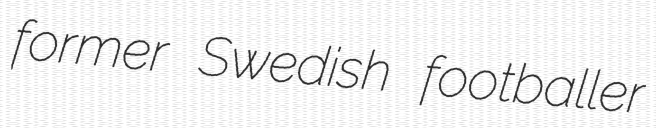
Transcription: former Swedish footballer